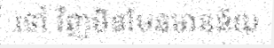
ទៅ វិញមិនមែនមានន័យ